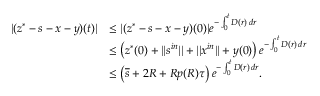
\begin{array} { r l } { | ( z ^ { * } - s - x - y ) ( t ) | } & { \leq | ( z ^ { * } - s - x - y ) ( 0 ) | e ^ { - \int _ { 0 } ^ { t } D ( r ) \, d r } } \\ & { \leq \left( z ^ { * } ( 0 ) + | | s ^ { i n } | | + | | x ^ { i n } | | + y ( 0 ) \right) e ^ { - \int _ { 0 } ^ { t } D ( r ) \, d r } } \\ & { \leq \left( \overline { s } + 2 R + R p ( R ) \tau \right) e ^ { - \int _ { 0 } ^ { t } D ( r ) \, d r } . } \end{array}